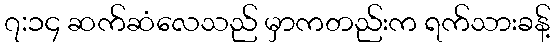
၇:၁၄ ဆက်ဆံလေသည် မှာကတည်းက ရက်သားခန့်